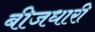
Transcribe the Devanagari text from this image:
बीजधारी